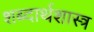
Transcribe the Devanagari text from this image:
शब्दार्थशास्त्र